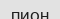
пион